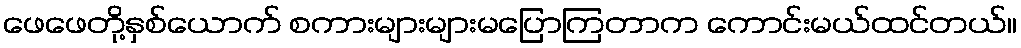
ဖေဖေတို့နှစ်ယောက် စကားများများမပြောကြတာက ကောင်းမယ်ထင်တယ်။